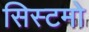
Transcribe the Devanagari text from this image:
सिस्टमो